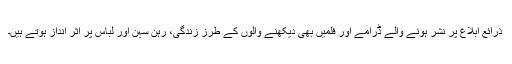
ذرائع ابلاغ پر نشر ہونے والے ڈرامے اور فلمیں بھی دیکھنے والوں کے طرزِ زندگی، رہن سہن اور لباس پر اثر انداز ہوتے ہیں۔